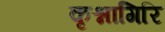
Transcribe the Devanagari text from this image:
कृश्नागिरि